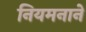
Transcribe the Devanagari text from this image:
नियमनाने